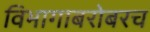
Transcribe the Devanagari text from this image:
विभागाबरोबरच